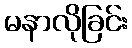
မနာလိုခြင်း